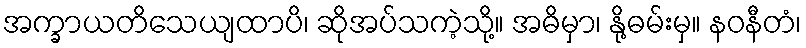
အက္ခာယတိသေယျထာပိ၊ ဆိုအပ်သကဲ့သို့။ အဓိမှာ၊ နို့ဓမ်းမှ။ နဝနီတံ၊